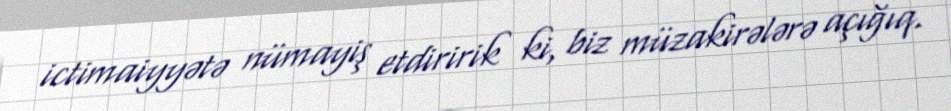
ictimaiyyətə nümayiş etdiririk ki, biz müzakirələrə açığıq.